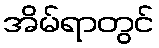
အိမ်ရာတွင်